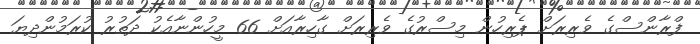
ފްރާންސްގެ ވެރިރަށް ޕެރިހުން މިސްރުގެ ވެރިރަށް ގާހިރާއަށް 66 މީހުންނާއެކު ދަތުރު ކުރަމުންދިޔަ